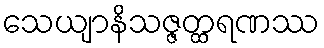
သေယျာနိသဇ္ဇတ္ထရဏဿ